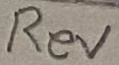
Text: Rev